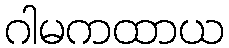
ဂါမကထာယ